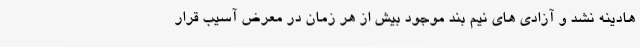
هادینه نشد و آزادی های نیم بند موجود بیش از هر زمان در معرض آسیب قرار